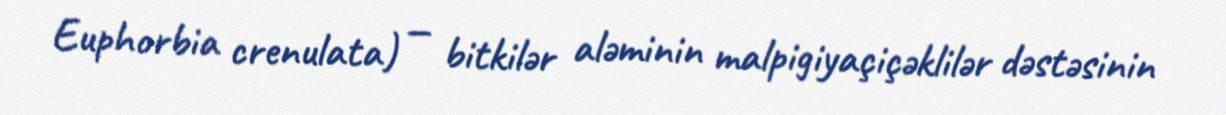
Euphorbia crenulata) — bitkilər aləminin malpigiyaçiçəklilər dəstəsinin